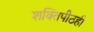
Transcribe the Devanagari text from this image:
शक्तिपीठही